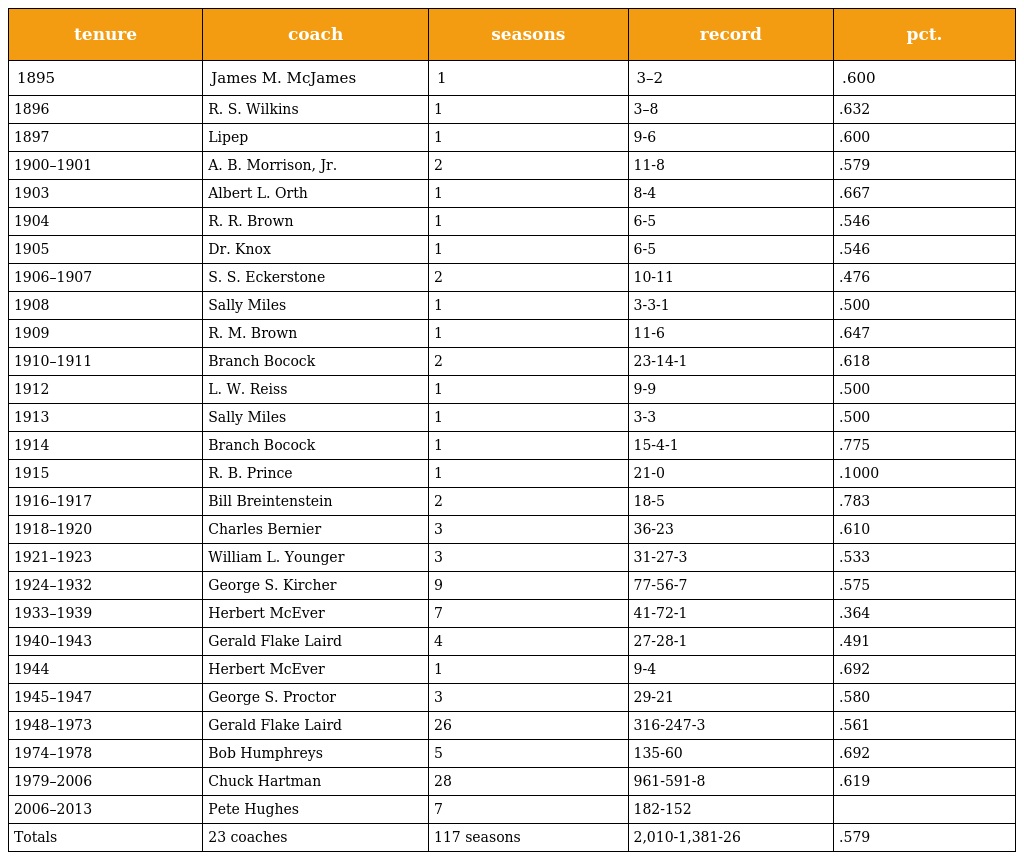
| tenure | coach | seasons | record | pct. |
 | --- | --- | --- | --- | --- |
 | 1895 | James M. McJames | 1 | 3–2 | .600 |
 | 1896 | R. S. Wilkins | 1 | 3–8 | .632 |
 | 1897 | Lipep | 1 | 9-6 | .600 |
 | 1900–1901 | A. B. Morrison, Jr. | 2 | 11-8 | .579 |
 | 1903 | Albert L. Orth | 1 | 8-4 | .667 |
 | 1904 | R. R. Brown | 1 | 6-5 | .546 |
 | 1905 | Dr. Knox | 1 | 6-5 | .546 |
 | 1906–1907 | S. S. Eckerstone | 2 | 10-11 | .476 |
 | 1908 | Sally Miles | 1 | 3-3-1 | .500 |
 | 1909 | R. M. Brown | 1 | 11-6 | .647 |
 | 1910–1911 | Branch Bocock | 2 | 23-14-1 | .618 |
 | 1912 | L. W. Reiss | 1 | 9-9 | .500 |
 | 1913 | Sally Miles | 1 | 3-3 | .500 |
 | 1914 | Branch Bocock | 1 | 15-4-1 | .775 |
 | 1915 | R. B. Prince | 1 | 21-0 | .1000 |
 | 1916–1917 | Bill Breintenstein | 2 | 18-5 | .783 |
 | 1918–1920 | Charles Bernier | 3 | 36-23 | .610 |
 | 1921–1923 | William L. Younger | 3 | 31-27-3 | .533 |
 | 1924–1932 | George S. Kircher | 9 | 77-56-7 | .575 |
 | 1933–1939 | Herbert McEver | 7 | 41-72-1 | .364 |
 | 1940–1943 | Gerald Flake Laird | 4 | 27-28-1 | .491 |
 | 1944 | Herbert McEver | 1 | 9-4 | .692 |
 | 1945–1947 | George S. Proctor | 3 | 29-21 | .580 |
 | 1948–1973 | Gerald Flake Laird | 26 | 316-247-3 | .561 |
 | 1974–1978 | Bob Humphreys | 5 | 135-60 | .692 |
 | 1979–2006 | Chuck Hartman | 28 | 961-591-8 | .619 |
 | 2006–2013 | Pete Hughes | 7 | 182-152 |  |
 | Totals | 23 coaches | 117 seasons | 2,010-1,381-26 | .579 |